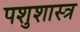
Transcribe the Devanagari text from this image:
पशुशास्त्र